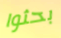
بحثوا